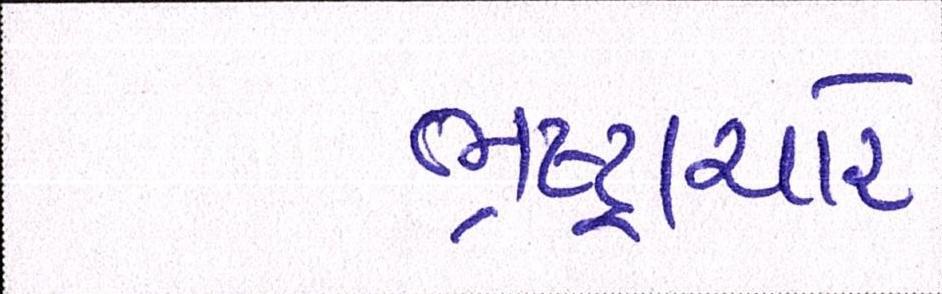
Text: ભ્રષ્ટ્રાચારે